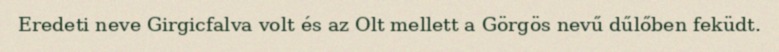
Eredeti neve Girgicfalva volt és az Olt mellett a Görgös nevű dűlőben feküdt.